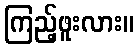
ကြည့်ဖူးလား။